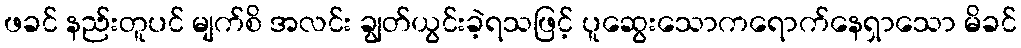
ဖခင် နည်းတူပင် မျက်စိ အလင်း ချွတ်ယွင်းခဲ့ရသဖြင့် ပူဆွေးသောကရောက်နေရှာသော မိခင်